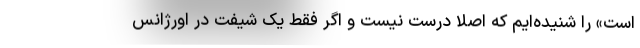
است» را شنیده‌ایم که اصلاً درست نیست و اگر فقط یک شیفت در اورژانس